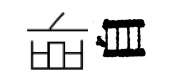
卧自